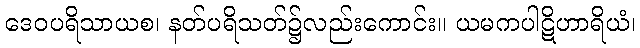
ဒေဝပရိသာယစ၊ နတ်ပရိသတ်၌လည်းကောင်း။ ယမကပါဋိဟာရိယံ၊